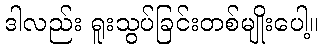
ဒါလည်း ရူးသွပ်ခြင်းတစ်မျိုးပေါ့။